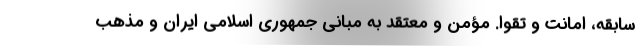
سابقه، امانت و تقوا. مؤمن و معتقد به مبانی جمهوری اسلامی ایران و مذهب